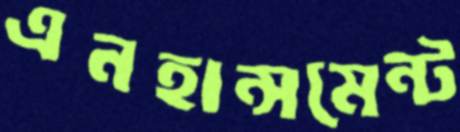
এনহান্সমেন্ট